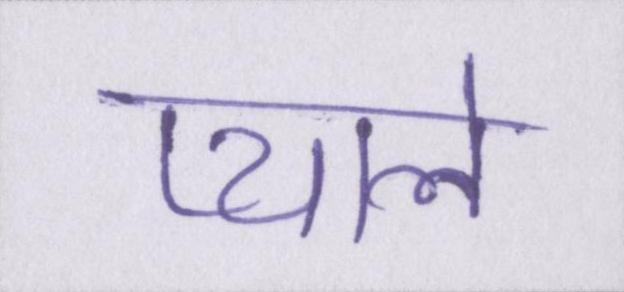
प्याले